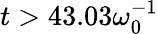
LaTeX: t>43.03\omega_{0}^{-1}